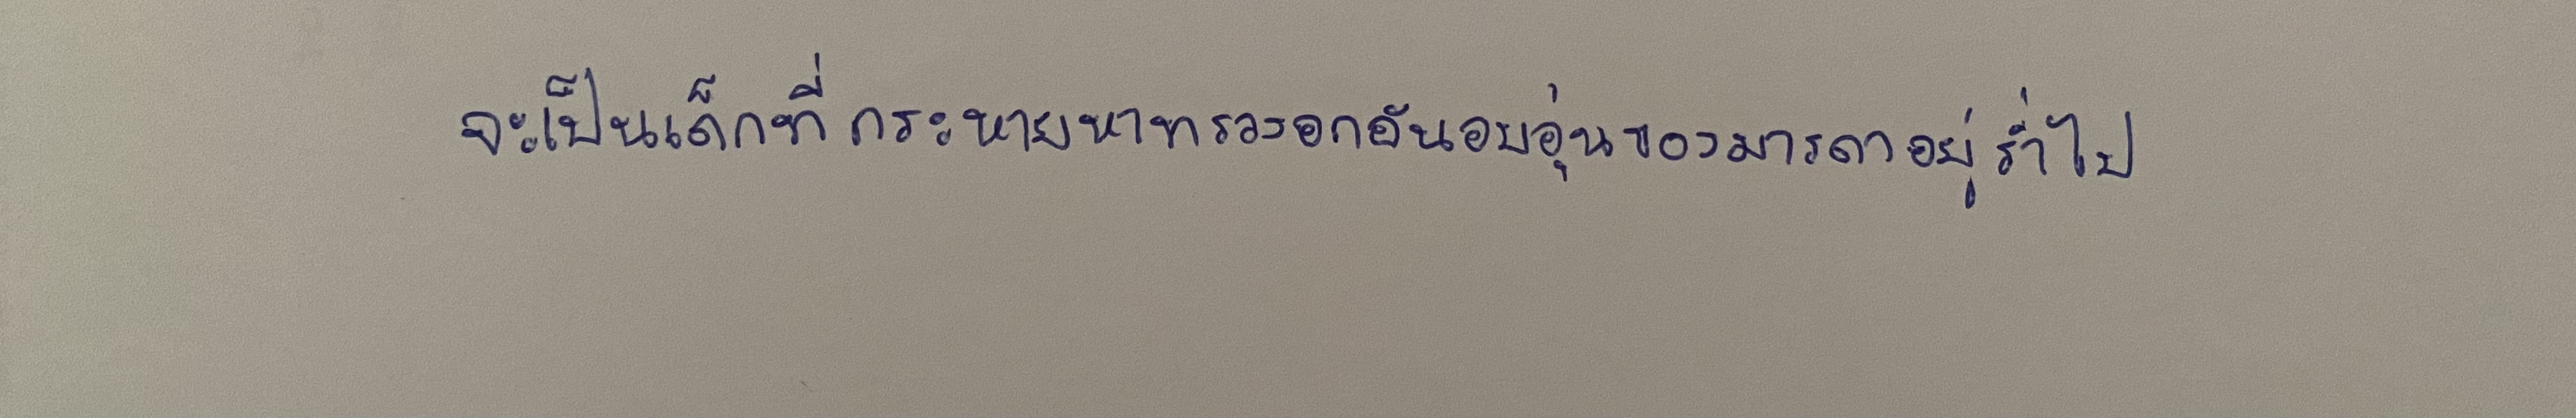
จะเป็นเด็กที่กระหายหาทรวงอกอันอบอุ่นของมารดาอยู่ร่ำไป